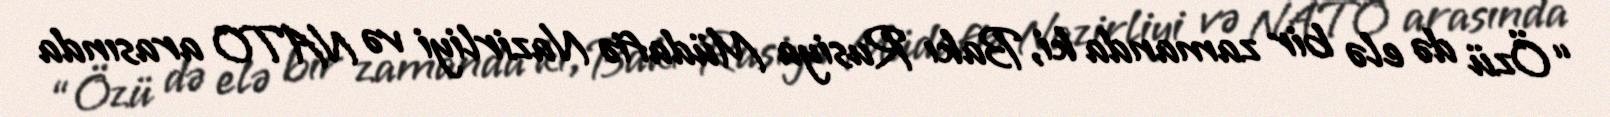
“Özü də elə bir zamanda ki, Bakı Rusiya Müdafiə Nazirliyi və NATO arasında